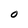
Character: 0